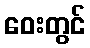
ဝေးတွင်